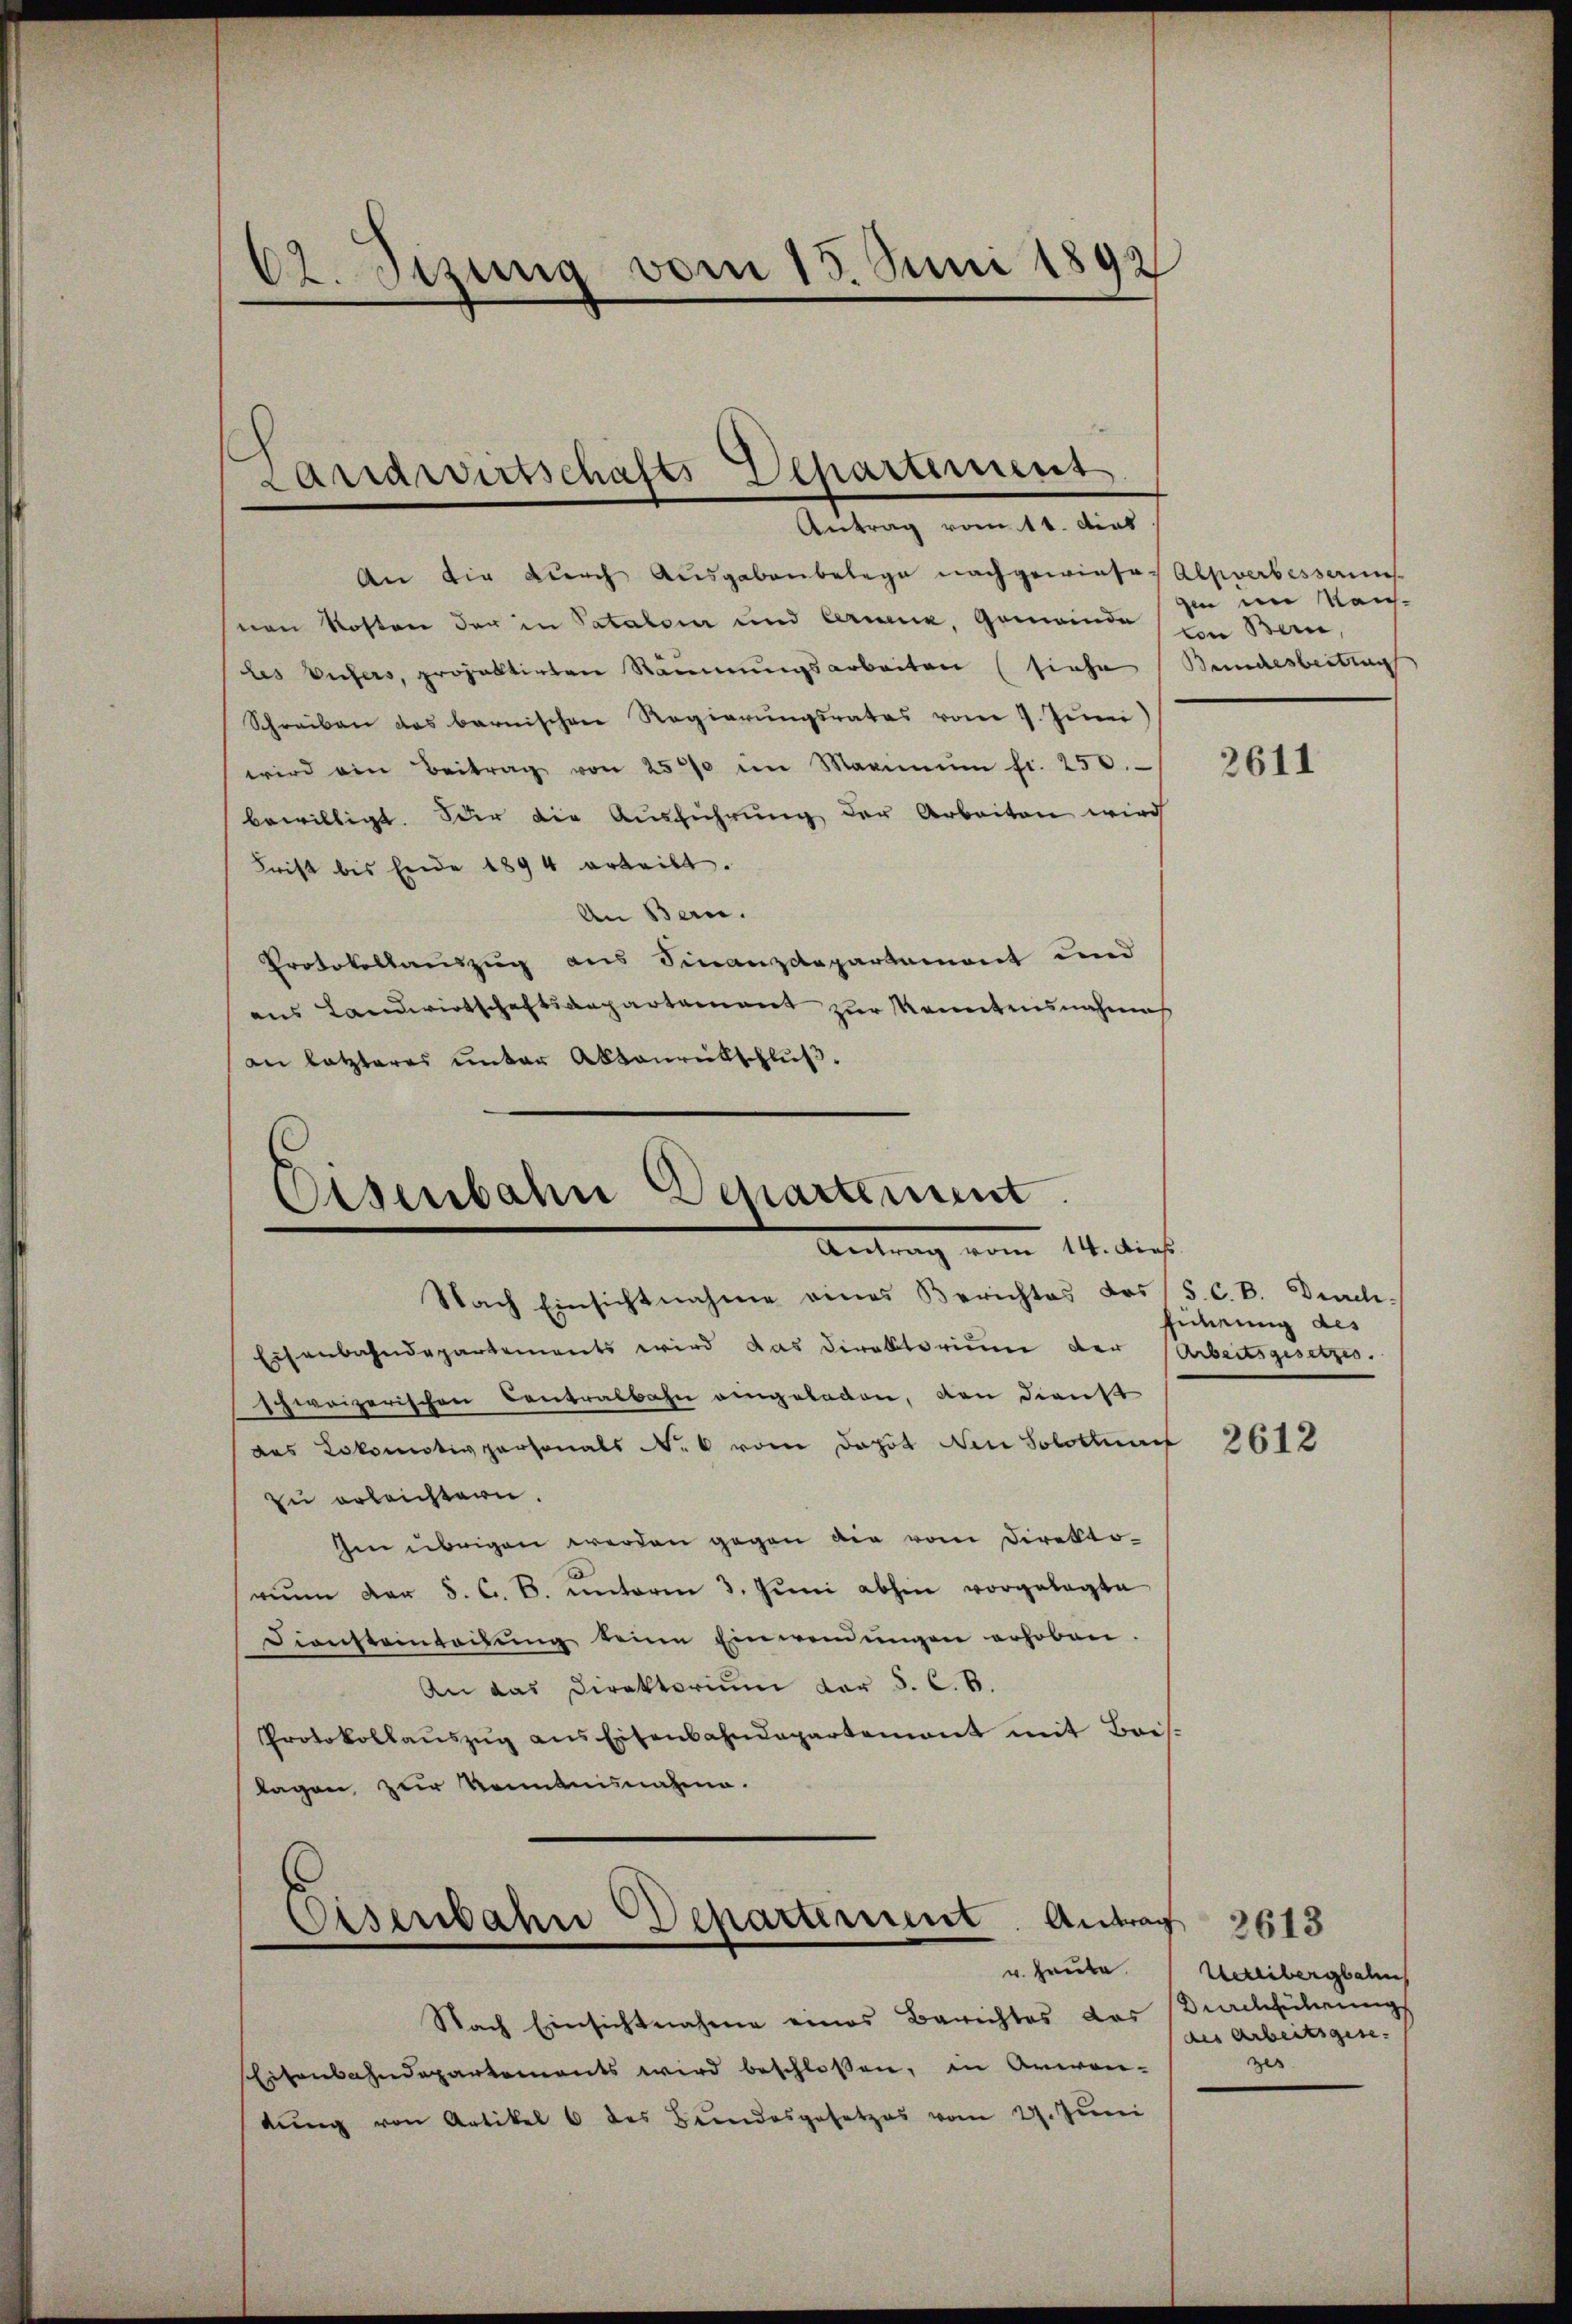
Ct. Sizung vom 15. Juni 1892

An die durch Ausgabenbelege nachgewieses Alpverbessens
ven Kosten der in Pataloir und Creuz, Gemeinde in Bern
les Vufers, projektirten Räumungsarbeiten (siehe
Schreiben das barnischen Regierungsrates vom 9. Juni)
wird ein Beitrag von 2500 im Maximŭm fr. 250.
bewilligt. Oder die Ausführung der Arbeiten wird
Frist bis Ende 1894 erteilt.
An Bern.
Protokollauszug aus Finanzdepartement und
aus Landwirtschaftsaepartement zur Monntensnahme
an letzteres unter Abtauritschluß.

Landwirtschafts Departement
Antrag vom 11. dies

Eisenbahn Departement
Antrag vom 14. dies

Eisenbahn Departement Antrag 2613

Nach Einsichtnahme eines Berichtes des (S. C. B. Durch
Eisenbahndepartements wird das Direktorium der
schweizerischen Centralbahn angeladen, den dienst
das Lokomotivpersonals No 6 vom Depot den Solothurf
zu erleichtern.
Ien übrigen werden gegen die vom Direktoriŭm der 5. C. B. ŭnterm 3. Jŭni abhin vorgelegte
Diensteinladŭng deine Einwendŭngen erhoben.
An das Direktorium der S. C. B.
Protokollaŭszŭg ans Eisenbahndepartement mit Bois.
lagen zur Kenntnisnahme.

v. Heute.
Nach Einsichtnahme eines Berichtes das
Eisenbahndepartements wird beschloßen, in Anwendŭng von Artikel 6 des Bundesgesetzes vom 27. Juni

zin im Reich¬
Bundesbeitrag

2611

eichnung des
Arbeitsgesetzes.

2612

Uetlibergbahn
Durchführung
des Arbeitsgese
zes